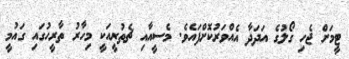
ޓީމަށް ޖެހި ގޯލުގެ އަދަދާ އެއްވަރުކޮށްފައެވެ. މެސީއާއި ޗެތުރީއަކީ މިހާރު ތާރީހުގައި ގައުމީ